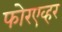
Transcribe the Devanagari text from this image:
फोरएव्हर